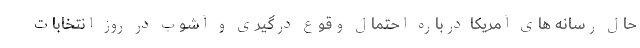
حال رسانه های آمریکا درباره احتمال وقوع درگیری و آشوب در روز انتخابات